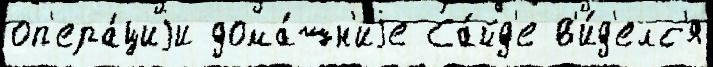
оп'ера́циjи дома́шн'иjе Са́йд'е в'и́д'елс'я